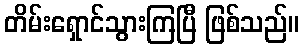
တိမ်းရှောင်သွားကြပြီ ဖြစ်သည်။